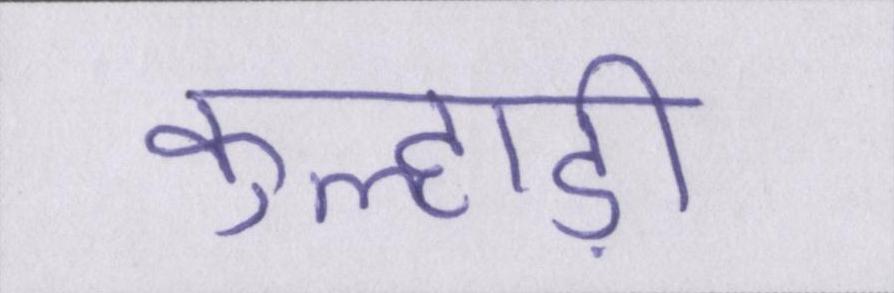
कुल्हाड़ी